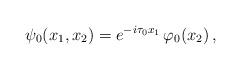
LaTeX: \begin{align*}\psi_0(x_1,x_2)=e^{-i\tau_0x_1}\,\varphi_0(x_2)\,,\end{align*}